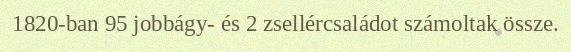
1820-ban 95 jobbágy- és 2 zsellércsaládot számoltak össze.